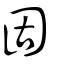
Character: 固